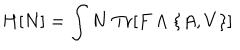
LaTeX: H [ N ] = \int N \ \mathrm { T r } [ F \wedge \{ A , V \} ]